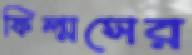
ফিল্মসের